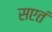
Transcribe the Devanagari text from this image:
सएतं